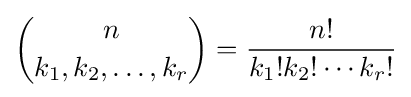
{n \choose k_{1},k_{2},\ldots ,k_{r}}={\frac {n!}{k_{1}!k_{2}!\cdots k_{r}!}}